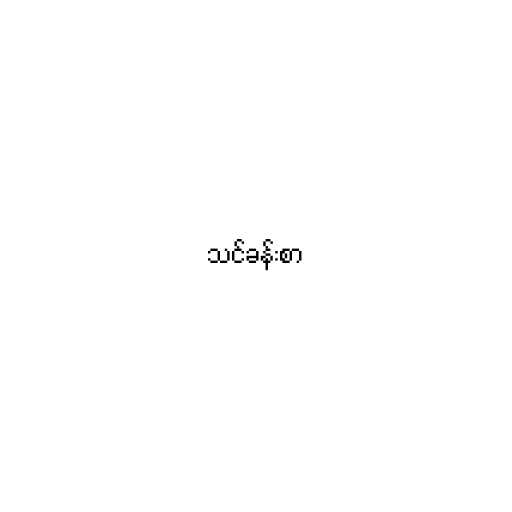
သင်ခန်းစာ